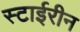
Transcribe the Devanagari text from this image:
स्टाईरीन